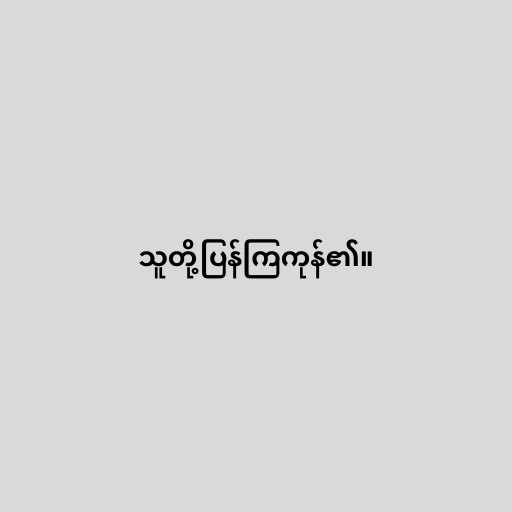
သူတို့ပြန်ကြကုန်၏။